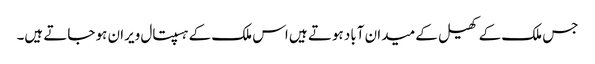
جس ملک کے کھیل کے میدان آباد ہوتے ہیں اس ملک کے ہسپتال ویران ہو جاتے ہیں۔